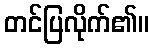
တင်ပြလိုက်၏။